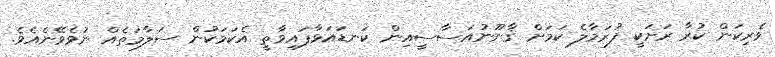
ވެރިކަން ކުރާ ރަށަކީ ފުރަމާލެ ކަމަށް ޤާނޫނުއަސާސީއިން ކަނޑައަޅާފައިވާތީ އެކަމަކުން ސަލާމަތެއް ނުވެވޭނެއެވެ.